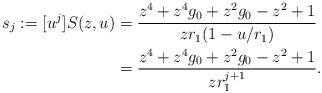
LaTeX: \begin{align*}s_j:=[u^j]S(z,u)&={\frac {{z}^{4}+{z}^{4}g_0+{z}^{2}g_0-{z}^{2}+1}{zr_1(1-u/r_1)}}\\&={\frac {{z}^{4}+{z}^{4}g_0+{z}^{2}g_0-{z}^{2}+1}{zr_1^{j+1}}}.\end{align*}